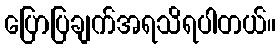
ပြောပြချက်အရသိရပါတယ်။